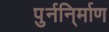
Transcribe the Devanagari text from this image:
पुर्ननि्र्माण